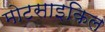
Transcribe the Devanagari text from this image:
मोटसाइकिल